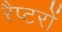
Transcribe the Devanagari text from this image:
रैप्टरों